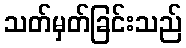
သတ်မှတ်ခြင်းသည်